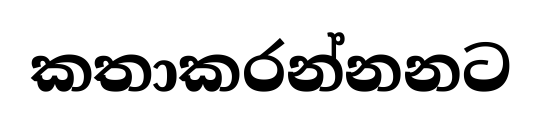
කතාකරන්නනට